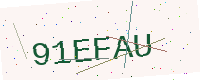
Text: 91EFAU